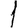
Digit: 1